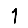
Digit: 1